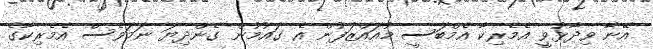
އޭނާ ވިދާޅުވީ އެމެރިކާ އެމްބަސީ މުއައްޒަފުން އެ ގައުމުން ގެންދިޔަ ނަމަވެސް އެމެރިކާގެ